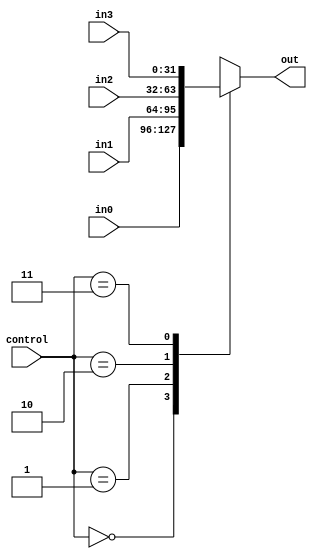
`timescale 1ns / 1ps
//////////////////////////////////////////////////////////////////////////////////
// Company: 
// Engineer: 
// 
// Design Name: 
// Module Name: Multiplexer32
// Project Name: 
// Target Devices: 
// Tool Versions: 
// Description: 
// 
// Dependencies: 
// 
// Revision:
// Revision 0.01 - File Created
// Additional Comments:
// 
//////////////////////////////////////////////////////////////////////////////////


module Multiplexer32(
	input [1:0] control,
	input [31:0] in0,
	input [31:0] in1,
	input [31:0] in2,
	input [31:0] in3,
	output reg [31:0] out
	);
	
	always @(control or in0 or in1 or in2 or in3) begin
		case(control)
			2'b00: out <= in0;
			2'b01: out <= in1;
			2'b10: out <= in2;
			2'b11: out <= in3;
		endcase
	end
endmodule